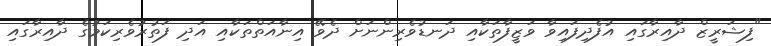
"ފިޝަރީޒް ދާއިރާގައި އުފެދިފައިވާ ވަޒީފާތަކާއި ދަނޑުވެރިންނަށް ދެވޭ އިނާއަތްތަކާއި އަދި ފަތުރުވެރިކަމުގެ ދާއިރާގައި